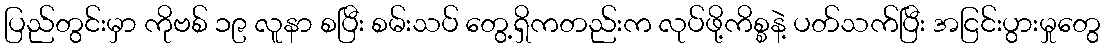
ပြည်တွင်းမှာ ကိုဗစ် ၁၉ လူနာ စပြီး စမ်းသပ် တွေ့ရှိကတည်းက လုပ်ဖို့ကိစ္စနဲ့ ပတ်သက်ပြီး အငြင်းပွားမှုတွေ